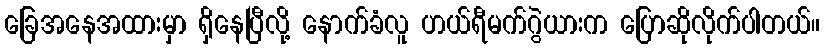
ခြေအနေအထားမှာ ရှိနေပြီလို့ နောက်ခံလူ ဟယ်ရီမက်ဂွဲယားက ပြောဆိုလိုက်ပါတယ်။